Civil Veterinary Dept. Bombay admin report 1893-99 - 1893-1899
Year: 1893
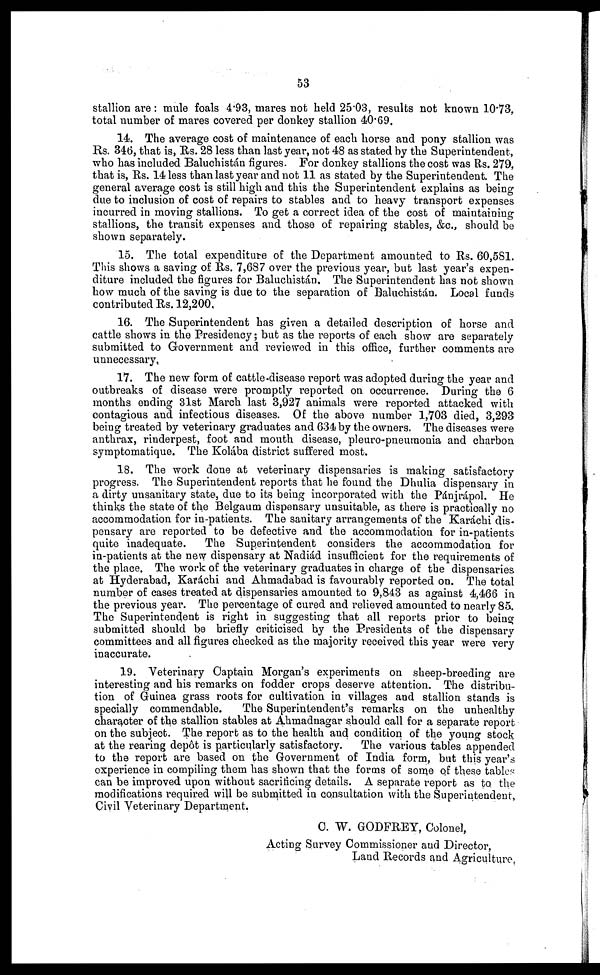
53
stallion are: mule foals 4.93, mares not held 25.03, results not known 10.73,
total number of mares covered per donkey stallion 40.69.
14. The average cost of maintenance of each horse and pony stallion was
Rs. 346, that is, Rs. 28 less than last year, not 48 as stated by the Superintendent,
who has included Baluchistán figures. For donkey stallions the cost was Rs. 279,
that is, Rs. 14 less than last year and not 11 as stated by the Superintendent The
general average cost is still high and this the Superintendent explains as being
due to inclusion of cost of repairs to stables and to heavy transport expenses
incurred in moving stallions. To get a correct idea of the cost of maintaining
stallions, the transit expenses and those of repairing stables, &c., should be
shown separately.
15. The total expenditure of the Department amounted to Rs. 60,581.
This shows a saving of Rs. 7,687 over the previous year, but last year's expen-
diture included the figures for Baluchistán. The Superintendent has not shown
how much of the saving is due to the separation of Baluchistán. Local funds
contributed Rs. 12,200.
16. The Superintendent has given a detailed description of horse and
cattle shows in the Presidency; but as the reports of each show are separately
submitted to Government and reviewed in this office, further comments are
unnecessary,
17. The new form of cattle-disease report was adopted during the year and
outbreaks of disease were promptly reported on occurrence. During the 6
months ending 31st March last 3,927 animals were reported attacked with
contagious and infectious diseases. Of the above number 1,703 died, 3,293
being treated by veterinary graduates and 634 by the owners. The diseases were
anthrax, rinderpest, foot and mouth disease, pleuro-pneumonia and charbon
symptomatique. The Kolába district suffered most.
18. The work done at veterinary dispensaries is making satisfactory
progress. The Superintendent reports that he found the Dhulia dispensary in
a dirty unsanitary state, due to its being incorporated with the Pánjrápol. He
thinks the state of the Belgaum dispensary unsuitable, as there is practically no
accommodation for in-patients. The sanitary arrangements of the Karáchi dis-
pensary are reported to be defective and the accommodation for in-patients
quite inadequate.
The Superintendent considers the accommodation for
in-patients at the new dispensary at Nadiád insufficient for the requirements of
the place. The work of the veterinary graduates in charge of the dispensaries
at Hyderabad, Karáchi and Ahmadabad is favourably reported on. The total
number of cases treated at dispensaries amounted to 9,843 as against 4,466 in
the previous year. The percentage of cured and relieved amounted to nearly 85.
The Superintendent is right in suggesting that all reports prior to being
submitted should be briefly criticised by the Presidents of the dispensary
committees and all figures checked as the majority received this year were very
inaccurate.
19. Veterinary Captain Morgan's experiments on sheep-breeding are
interesting and his remarks on fodder crops deserve attention. The distribu-
tion of Guinea grass roots for cultivation in villages and stallion stands is
specially commendable.
The Superintendent's remarks on the unhealthy
character of the stallion stables at Ahmadnagar should call for a separate report
on the subject. The report as to the health and condition of the young stock
at the rearing depôt is particularly satisfactory.
The various tables appended
to the report are based on the Government of India form, but this year's
experience in compiling them has shown that the forms of some of these tables
can be improved upon without sacrificing details. A separate report as to the
modifications required will be submitted in consultation with the Superintendent,
Civil Veterinary Department.
C. W. GODFREY, Colonel,
Acting Survey Commissioner and Director,
Land Records and Agriculture.